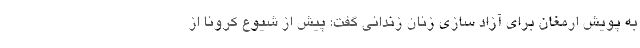
به پویش ارمغان برای آزاد سازی زنان زندانی گفت: پیش از شیوع کرونا از